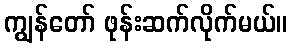
ကျွန်တော် ဖုန်းဆက်လိုက်မယ်။